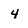
Character: 4